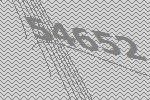
54652